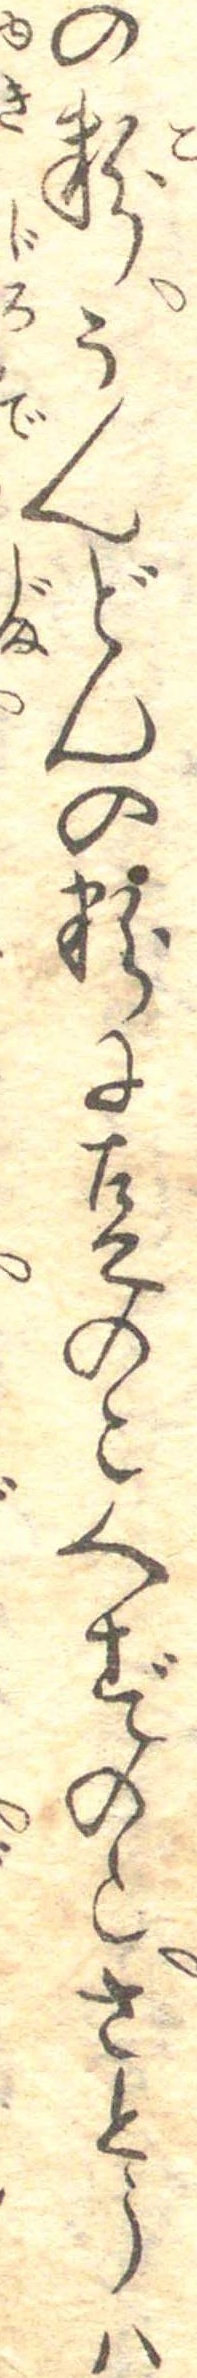
の粉うんどんの粉に豆のこくずのこさとうは